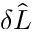
\delta \hat { L }